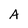
Character: A